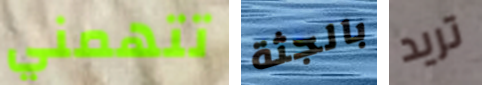
تتهمني بالجثة تريد